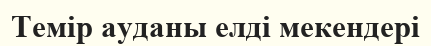
Темір ауданы елді мекендері